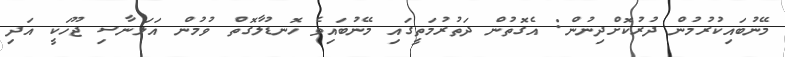
މޭނުބައިކުރުމުން ދުރުކޮށްދިނުން: އެގޮތުން ދަތުރުމަތީގައި މޭނުބައިވެ ހޮނޑުލާގޮތް ވުމުން އަލަނާސި ޖޫހަކީ އަދި